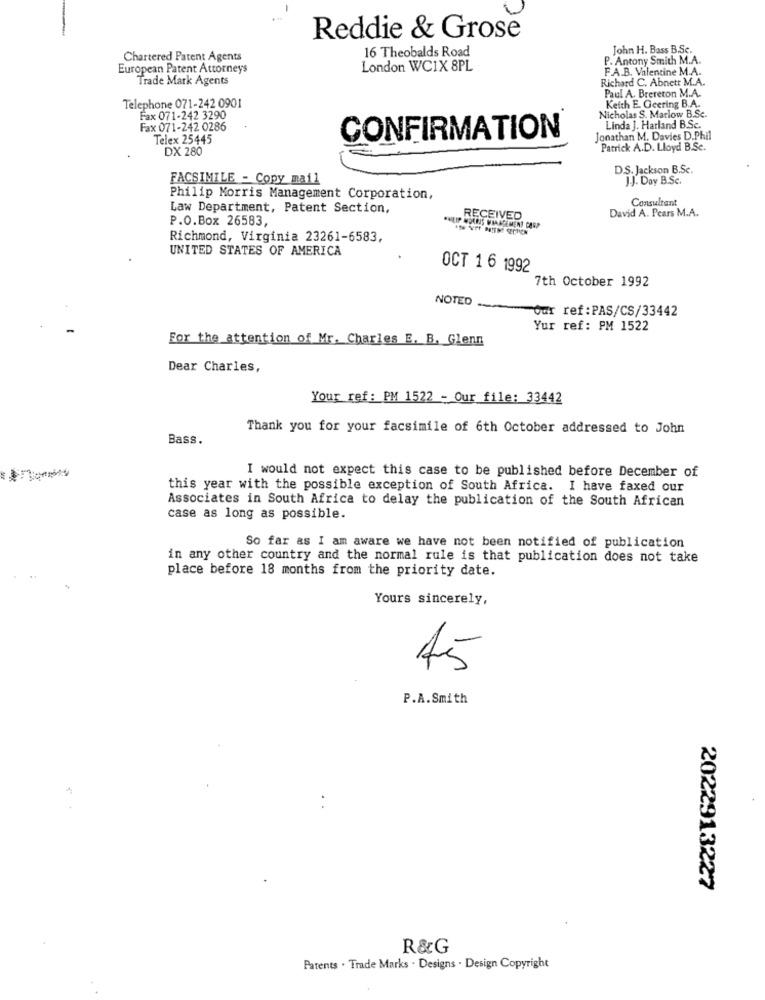
Reddie & Grose
16 Theobalds Road
John H. Bass B.Sc.
Chartered Patent Agents
P. Antony Smith M.A.
European Patent Attorneys
London WCIX 8PL
F.A.B. Valentine M.A.
Trade Mark Agents
Richard C. Abnett M.A.
Paul A. Brereton M.A.
Telephone 071-242 0901
Keith E. Geering B.A.
Fax 071-242 3290
Nicholas S. Marlow B.Sc.
Fax 071-242 0286
CONFIRMATION
Linda J. Harland B.Sc.
Telex 25445
Jonathan M. Davies D.Phil
DX 280
Patrick A.D. Lloyd B.Sc.
D.S. Jackson B.Sc.
FACSIMILE - Copy mail
J.J. Day B.Sc.
Philip Morris Management Corporation,
Consultant
Law Department, Patent Section,
David A. Pears M.A.
P.O.Box 26583,
RECEIVED
KLIP MORRIS VIAASEMENT CARP
Richmond, Virginia 23261-6583,
UNITED STATES OF AMERICA
OCT 1 6 1992
7th October 1992
NOTED -...
-Our ref:PAS/CS/33442
Yur ref: PM 1522
For the attention of Mr. Charles E. B. Glenn
Dear Charles,
Your ref : PM 1522 - Our file: 33442
Thank you for your facsimile of 6th October addressed to John
Bass.
I would not expect this case to be published before December of
this year with the possible exception of South Africa. I have faxed our
Associates in South Africa to delay the publication of the South African
case as long as possible.
So far as I am aware we have not been notified of publication
in any other country and the normal rule is that publication does not take
place before 18 months from the priority date.
Yours sincerely,
45
P.A.Smith
2022913227
R&G
Patents . Trade Marks . Designs . Design Copyright